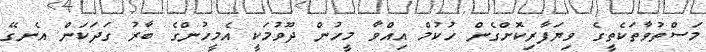
މަސްތުވާތަކެތީގެ ވިޔަފާރިކޮށްގެން ހުކުމް އިއްވާ މީހުން ދޫވުމަކީ އެމީހުންގެ ބާރު ގަދަކަން އެނގޭ